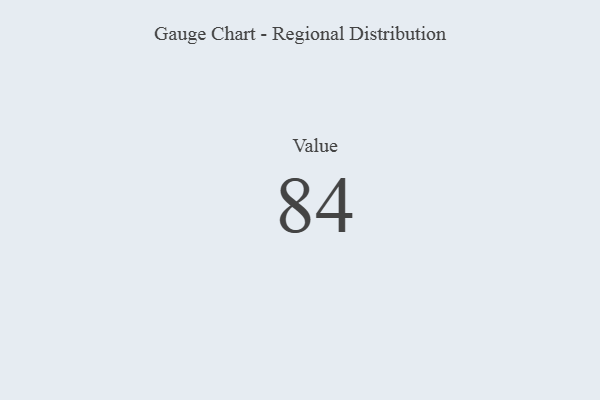
{"axis": {"x": "Metric", "y": "Value"}, "legend": [""], "data": [{"x": "Value", "y": 84, "type": ""}]}